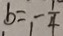
b = - \frac { 1 } { 4 }